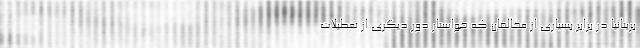
بریتانیا در برابر بسیاری از مخالفان که خواستار دور دیگری از تعطیلات